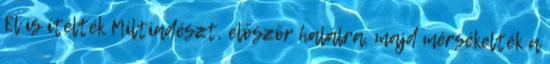
El is ítélték Miltiadészt, először halálra, majd mérsékelték a